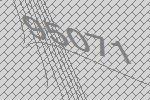
95071